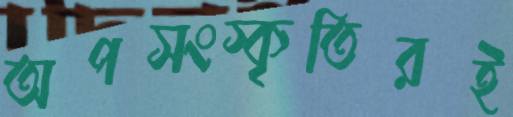
অপসংস্কৃতিরই